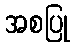
အစပြု